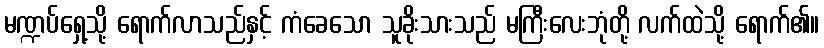
မဏ္ဍပ်ရှေ့သို့ ရောက်လာသည်နှင့် ကံခေသော သူခိုးသားသည် မကြီးလေးဘုံတို့ လက်ထဲသို့ ရောက်၏။